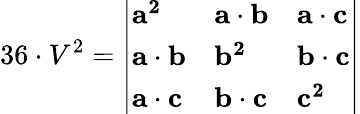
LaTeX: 36\cdot V^{2}={\left|\begin{array}{lll}{\mathbf{a^{2}}}&{\mathbf{a}\cdot\mathbf{b}}&{\mathbf{a}\cdot\mathbf{c}}\\ {\mathbf{a}\cdot\mathbf{b}}&{\mathbf{b^{2}}}&{\mathbf{b}\cdot\mathbf{c}}\\ {\mathbf{a}\cdot\mathbf{c}}&{\mathbf{b}\cdot\mathbf{c}}&{\mathbf{c^{2}}}\end{array}\right|}